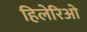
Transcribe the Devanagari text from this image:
हिलेरिओ